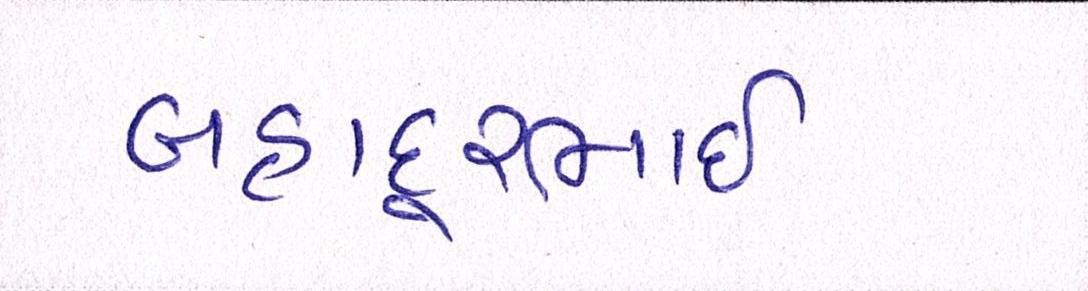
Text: બહાદૂરભાઇ